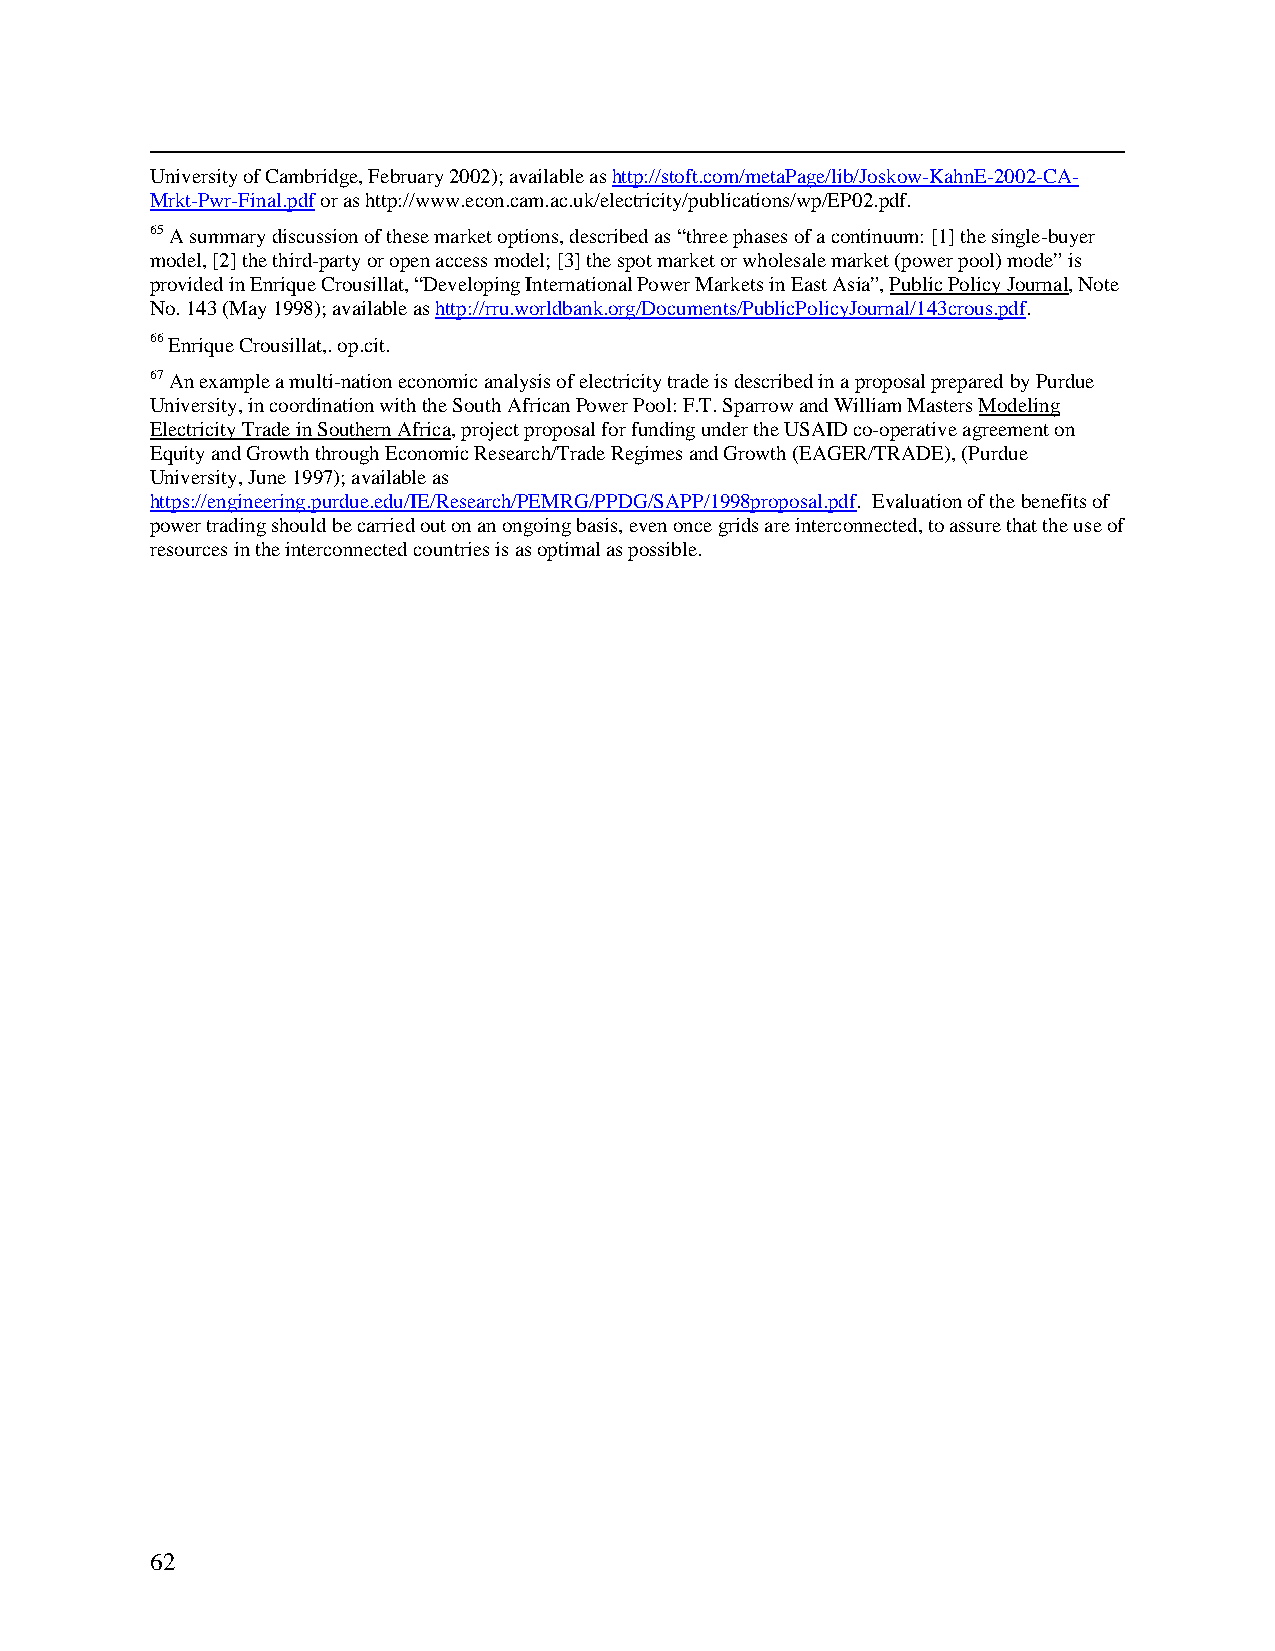
University of Cambridge, February 2002); available as http://stoft.com/metaPage/lib/Joskow-KahnE-2002-CA-
 Mrkt-Pwr-Final.pdf or as http://www.econ.cam.ac.uk/electricity/publications/wp/EP02.pdf.
 65 A summary discussion of these market options, described as “three phases of a continuum: [1] the single-buyer
 model, [2] the third-party or open access model; [3] the spot market or wholesale market (power pool) mode” is
 provided in Enrique Crousillat, “Developing International Power Markets in East Asia”, Public Policy Journal, Note
 No. 143 (May 1998); available as http://rru.worldbank.org/Documents/PublicPolicyJournal/143crous.pdf.
 66 Enrique Crousillat,. op.cit.
 67 An example a multi-nation economic analysis of electricity trade is described in a proposal prepared by Purdue
 University, in coordination with the South African Power Pool: F.T. Sparrow and William Masters Modeling
 Electricity Trade in Southern Africa, project proposal for funding under the USAID co-operative agreement on
 Equity and Growth through Economic Research/Trade Regimes and Growth (EAGER/TRADE), (Purdue
 University, June 1997); available as
 https://engineering.purdue.edu/IE/Research/PEMRG/PPDG/SAPP/1998proposal.pdf. Evaluation of the benefits of
 power trading should be carried out on an ongoing basis, even once grids are interconnected, to assure that the use of
 resources in the interconnected countries is as optimal as possible.
 62